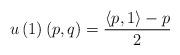
LaTeX: \begin{align*}u\left(1\right)\left(p,q\right)=\frac{\left<p,1\right>-p}{2}\end{align*}